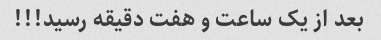
بعد از یک ساعت و هفت دقیقه رسید!!!